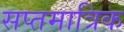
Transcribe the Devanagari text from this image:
सप्तमात्रिक